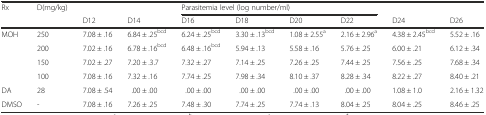
<table><thead><tr><td><b>Rx</b></td><td><b>D(mg/kg)</b></td><td></td><td></td><td colspan="4"><b>Parasitemia level (log number/ml)</b></td><td></td><td></td></tr><tr><td></td><td></td><td><b>D12</b></td><td><b>D14</b></td><td><b>D16</b></td><td><b>D18</b></td><td><b>D20</b></td><td><b>D22</b></td><td><b>D24</b></td><td><b>D26</b></td></tr></thead><tbody><tr><td>MOH</td><td>250</td><td>7.08 ± .16</td><td>6.84 ± .25<sup>bcd</sup></td><td>6.24 ± .25<sup>bcd</sup></td><td>3.30 ± .13<sup>bcd</sup></td><td>1.08 ± 2.55<sup>a</sup></td><td>2.16 ± 2.96<sup>a</sup></td><td>4.38 ± 2.45<sup>bcd</sup></td><td>5.52 ± .16</td></tr><tr><td></td><td>200</td><td>7.02 ± .16</td><td>6.78 ± .16<sup>bcd</sup></td><td>6.48 ± .16<sup>bcd</sup></td><td>5.94 ± .13</td><td>5.58 ± .16</td><td>5.76 ± .25</td><td>6.00 ± .21</td><td>6.12 ± .34</td></tr><tr><td></td><td>150</td><td>7.02 ± .27</td><td>7.20 ± .3.7</td><td>7.32 ± .27</td><td>7.14 ± .25</td><td>7.26 ± .25</td><td>7.44 ± .25</td><td>7.56 ± .25</td><td>7.68 ± .34</td></tr><tr><td></td><td>100</td><td>7.08 ± .16</td><td>7.32 ± .16</td><td>7.74 ± .25</td><td>7.98 ± .34</td><td>8.10 ± .37</td><td>8.28 ± .34</td><td>8.22 ± .27</td><td>8.40 ± .21</td></tr><tr><td>DA</td><td>28</td><td>7.08 ± .54</td><td>.00 ± .00</td><td>.00 ± .00</td><td>.00 ± .00</td><td>.00 ± .00</td><td>.00 ± .00</td><td>1.08 ± 1.0</td><td>2.16 ± 1.32</td></tr><tr><td>DMSO</td><td>-</td><td>7.08 ± .16</td><td>7.26 ± .25</td><td>7.48 ± .30</td><td>7.74 ± .25</td><td>7.74 ± .13</td><td>8.04 ± .25</td><td>8.04 ± .25</td><td>8.46 ± .25</td></tr></tbody></table>